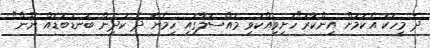
ދެ މީހަކު އެކަމަށް އިންކާރު"ހަށިވިއްކުވި މައްސަލާގައި ހިމެނޭ ދެ ކުދިން ބަނޑުބޮޑެއް ނޫން"